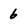
Character: 6